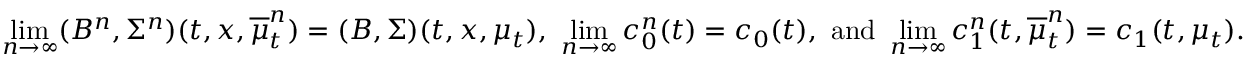
\operatorname* { l i m } _ { n \to \infty } ( B ^ { n } , \Sigma ^ { n } ) ( t , x , \overline { { \mu } } _ { t } ^ { n } ) = ( B , \Sigma ) ( t , x , \mu _ { t } ) , ~ \operatorname* { l i m } _ { n \to \infty } c _ { 0 } ^ { n } ( t ) = c _ { 0 } ( t ) , ~ \mathrm { a n d } ~ \operatorname* { l i m } _ { n \to \infty } c _ { 1 } ^ { n } ( t , \overline { { \mu } } _ { t } ^ { n } ) = c _ { 1 } ( t , \mu _ { t } ) .